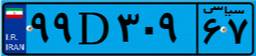
۵۰D۵۲۹۶۲